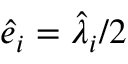
\hat { e } _ { i } = \hat { \lambda } _ { i } / 2